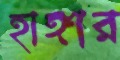
হাঙ্গার